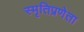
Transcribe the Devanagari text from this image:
स्मृतिप्रणेता